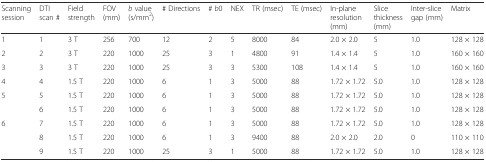
| Scanning session | DTI scan # | Field strength | FOV (mm) | b value (s/mm2) | # Directions | # b0 | NEX | TR (msec) | TE (msec) | In-plane resolution (mm) | Slice thickness (mm) | Inter-slice gap (mm) | Matrix |
 | --- | --- | --- | --- | --- | --- | --- | --- | --- | --- | --- | --- | --- | --- |
 | 1 | 1 | 3 T | 256 | 700 | 12 | 2 | 5 | 8000 | 84 | 2.0 × 2.0 | 5 | 1.0 | 128 × 128 |
 | 2 | 2 | 3 T | 220 | 1000 | 25 | 3 | 1 | 4800 | 91 | 1.4 × 1.4 | 5 | 1.0 | 160 × 160 |
 | 3 | 3 | 3 T | 220 | 1000 | 25 | 3 | 3 | 5300 | 108 | 1.4 × 1.4 | 5 | 1.0 | 160 × 160 |
 | 4 | 4 | 1.5 T | 220 | 1000 | 6 | 1 | 3 | 5000 | 88 | 1.72 × 1.72 | 5.0 | 1.0 | 128 × 128 |
 | <ROWSPAN=2> 5 | 5 | 1.5 T | 220 | 1000 | 6 | 1 | 3 | 5000 | 88 | 1.72 × 1.72 | 5.0 | 1.0 | 128 × 128 |
 | 6 | 1.5 T | 220 | 1000 | 6 | 1 | 3 | 5000 | 88 | 1.72 × 1.72 | 5.0 | 1.0 | 128 × 128 |
 | <ROWSPAN=3> 6 | 7 | 1.5 T | 220 | 1000 | 6 | 1 | 3 | 5000 | 88 | 1.72 × 1.72 | 5.0 | 1.0 | 128 × 128 |
 | 8 | 1.5 T | 220 | 1000 | 6 | 1 | 3 | 9400 | 88 | 2.0 × 2.0 | 2.0 | 0 | 110 × 110 |
 | 9 | 1.5 T | 220 | 1000 | 25 | 3 | 1 | 5000 | 88 | 1.72 × 1.72 | 5.0 | 1.0 | 128 × 128 |